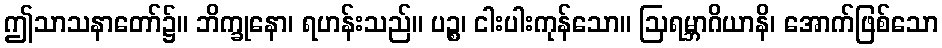
ဤသာသနာတော်၌။ ဘိက္ခုနော၊ ရဟန်းသည်။ ပဉ္စ၊ ငါးပါးကုန်သော။ ဩရမ္ဘာဂိယာနိ၊ အောက်ဖြစ်သော